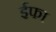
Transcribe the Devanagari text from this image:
ईफा